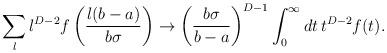
LaTeX: \begin{align*} \sum_{l}l^{D-2}f\left( \frac{l(b-a)}{b\sigma }\right) \to \left( \frac{b\sigma }{b-a}\right) ^{D-1}\int_{0}^{\infty } dt\, t^{D-2}f(t).\end{align*}